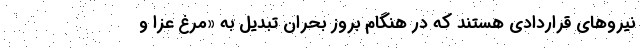
نیروهای قراردادی هستند که در هنگام بروز بحران تبدیل به «مرغ عزا و